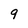
Character: 9